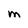
Character: m